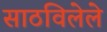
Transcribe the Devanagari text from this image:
साठविलेले